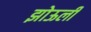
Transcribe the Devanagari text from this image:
झोऊली